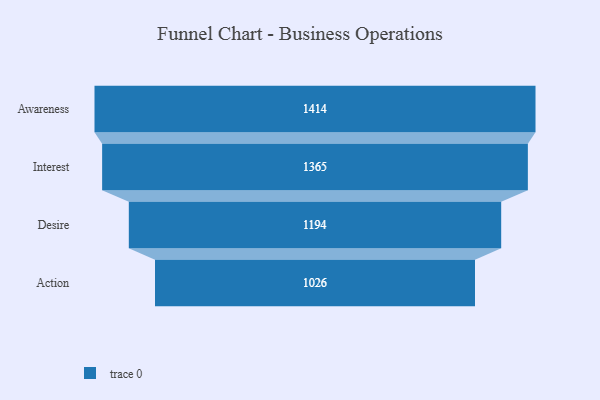
{"axis": {"x": "Stage", "y": "Value"}, "legend": [""], "data": [{"x": "Awareness", "y": 1414.0, "type": ""}, {"x": "Interest", "y": 1365.0, "type": ""}, {"x": "Desire", "y": 1194.0, "type": ""}, {"x": "Action", "y": 1026.0, "type": ""}]}